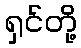
ရှင်တို့